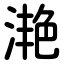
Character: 滟